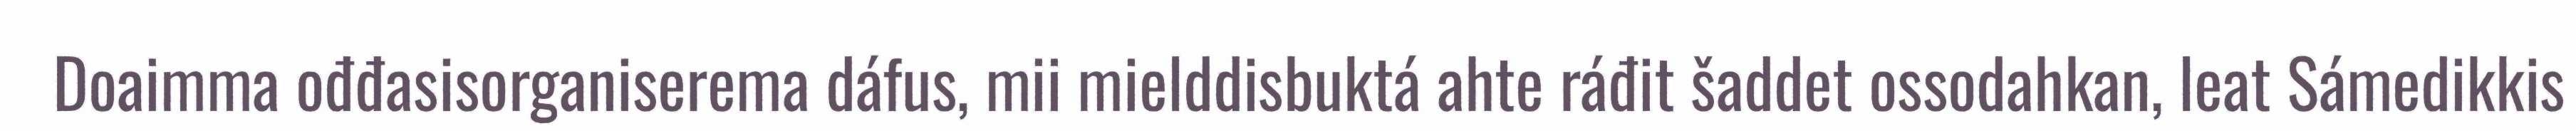
Doaimma ođđasisorganiserema dáfus, mii mielddisbuktá ahte ráđit šaddet ossodahkan, leat Sámedikkis